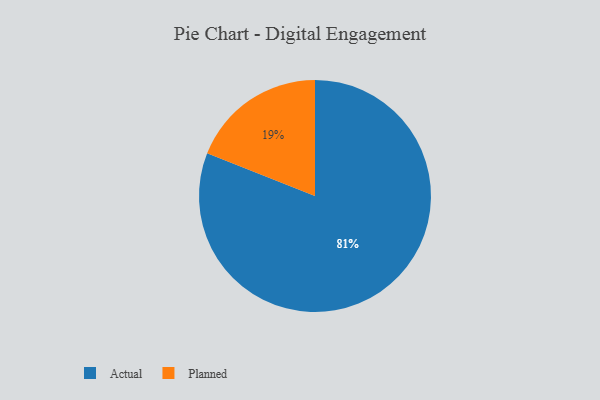
{"axis": {"x": "Category", "y": "Percentage"}, "legend": ["Actual", "Planned"], "data": [{"x": "Actual", "y": 81, "type": "Actual"}, {"x": "Planned", "y": 19, "type": "Planned"}]}